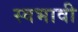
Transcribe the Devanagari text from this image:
स्वभावी